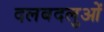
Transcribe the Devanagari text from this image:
दलबदलुओं